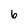
Character: 6